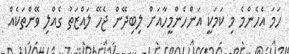
ހަމަ އެހެންމެ މި ކަމަކީ އަންހެންމީހާއަށް ލިބިދޭން ޖެހޭ ލައްޒަތު ގެއްލި ވޭންތަކެއް